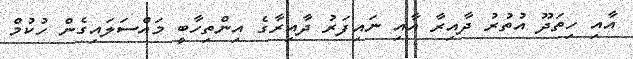
އާއި ހިތަދޫ އުތުރު ދާއިރާ އާއި ނައިފަރު ދާއިރާގެ އިންތިހާބީ މައްސަލައިގެން ހުކުމް